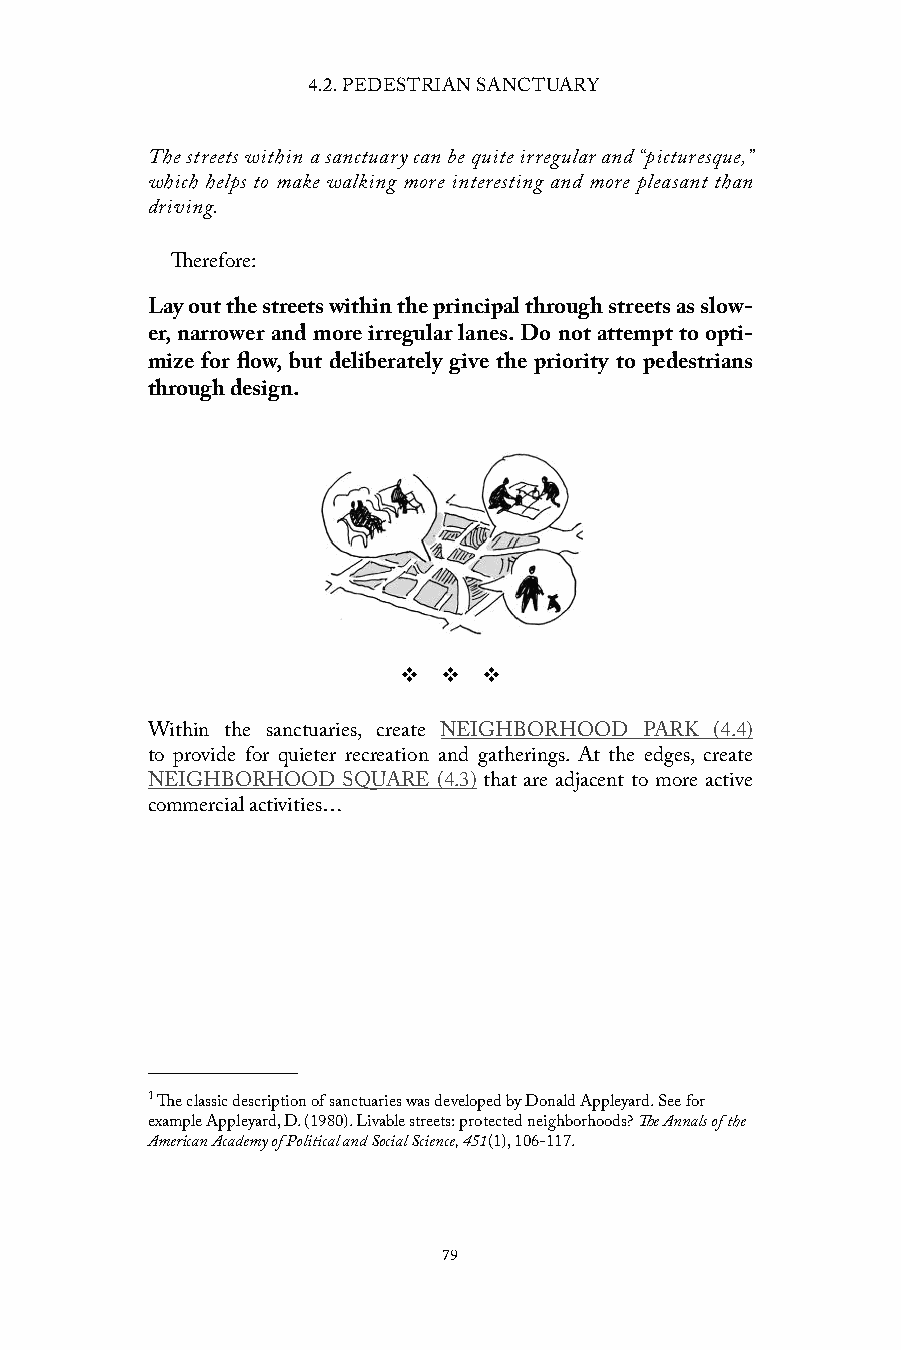
4.2. PEDESTRIAN SANCTUARY
 The streets within a sanctuary can be quite irregular and “picturesque,”
 which helps to make walking more interesting and more pleasant than
 driving.
 Therefore:
 Lay out the streets within the principal through streets as slow-
 er, narrower and more irregular lanes. Do not attempt to opti-
 mize for flow, but deliberately give the priority to pedestrians
 through design.
 v  v  v
 Within the sanctuaries, create NEIGHBORHOOD PARK (4.4)
 to provide for quieter recreation and gatherings. At the edges, create
 NEIGHBORHOOD SQUARE (4.3) that are adjacent to more active
 commercial activities…
 1 The classic description of sanctuaries was developed by Donald Appleyard. See for
 example Appleyard, D. (1980). Livable streets: protected neighborhoods? The Annals of the
 American Academy of Political and Social Science, 451(1), 106-117.
 79